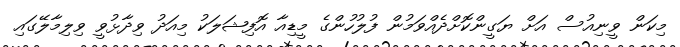
މިކަން ވީނިއުސް އަށް ޔަގީންކޮށްދެއްވަމުން ފުލުހުންގެ މީޑިއާ އޮފިޝަލަކު މިއަދު ވިދާޅުވީ ވިލިމާލޭގައި